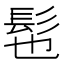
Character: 髢